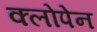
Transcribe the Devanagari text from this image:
क्लोपेन